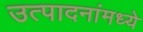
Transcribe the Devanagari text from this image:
उत्पादनांमध्‍ये